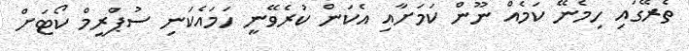
ތެރޭގައި ހިމެނޭ ކަމެއް ނޫން ކަމަށާއި އެކަން ކުރެވޭނީ ހަމައެކަނި ސުޕްރީމް ކޯޓަށް